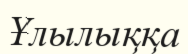
Ұлылыққа